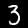
Digit: 3